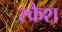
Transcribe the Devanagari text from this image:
स्कैश